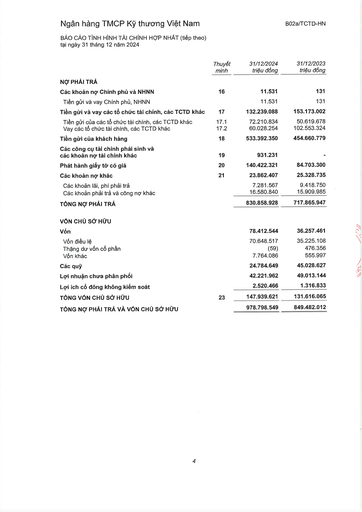
||Thuyết minh|31/12/2024 triệu đồng|31/12/2023 triệu đồng| |---|---|---|---| |NỢ PHẢI TRẢ|||| |Các khoản nợ Chính phủ và NHNN|16|11.531|131| |Tiền gửi và vay Chính phủ, NHNN||11.531|131| |Tiền gửi và vay các tổ chức tài chính, các TCTD khác|17|132.239.088|153.173.002| |Tiền gửi của các tổ chức tài chính, các TCTD khác|17.1|72.210.834|50.619.678| |Vay các tổ chức tài chính, các TCTD khác|17.2|60.028.254|102.553.324| |Tiền gửi của khách hàng|18|533.392.350|454.660.779| |Các công cụ tài chính phái sinh và các khoản nợ tài chính khác|19|931.231|| |Phát hành giấy tờ có giá|20|140.422.321|84.703.300| |Các khoản nợ khác|21|23.862.407|25.328.735| |Các khoản lãi, phí phải trả||7.281.567|9.418.750| |Các khoản phải trả và công nợ khác||16.580.840|15.909.985| |TỔNG NỢ PHẢI TRẢ||830.858.928|717.865.947| |VỐN CHỦ SỞ HỮU|||| |Vốn||78.412.544|36.257.461| |Vốn điều lệ||70.648.517|35.225.108| |Thặng dư vốn cổ phần||(59)|476.356| |Vốn khác||7.764.086|555.997| |Các quỹ||24.784.649|45.028.627| |Lợi nhuận chưa phân phối||42.221.962|49.013.144| |Lợi ích cổ đông không kiểm soát||2.520.466|1.316.833| |TỔNG VỐN CHỦ SỞ HỮU|23|147.939.621|131.616.065| |TỔNG NỢ PHẢI TRẢ VÀ VỐN CHỦ SỞ HỮU||978.798.549|849.482.012|